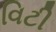
વિટી